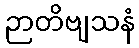
ဉာတိဗျသနံ